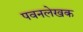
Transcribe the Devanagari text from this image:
पवनलेखक